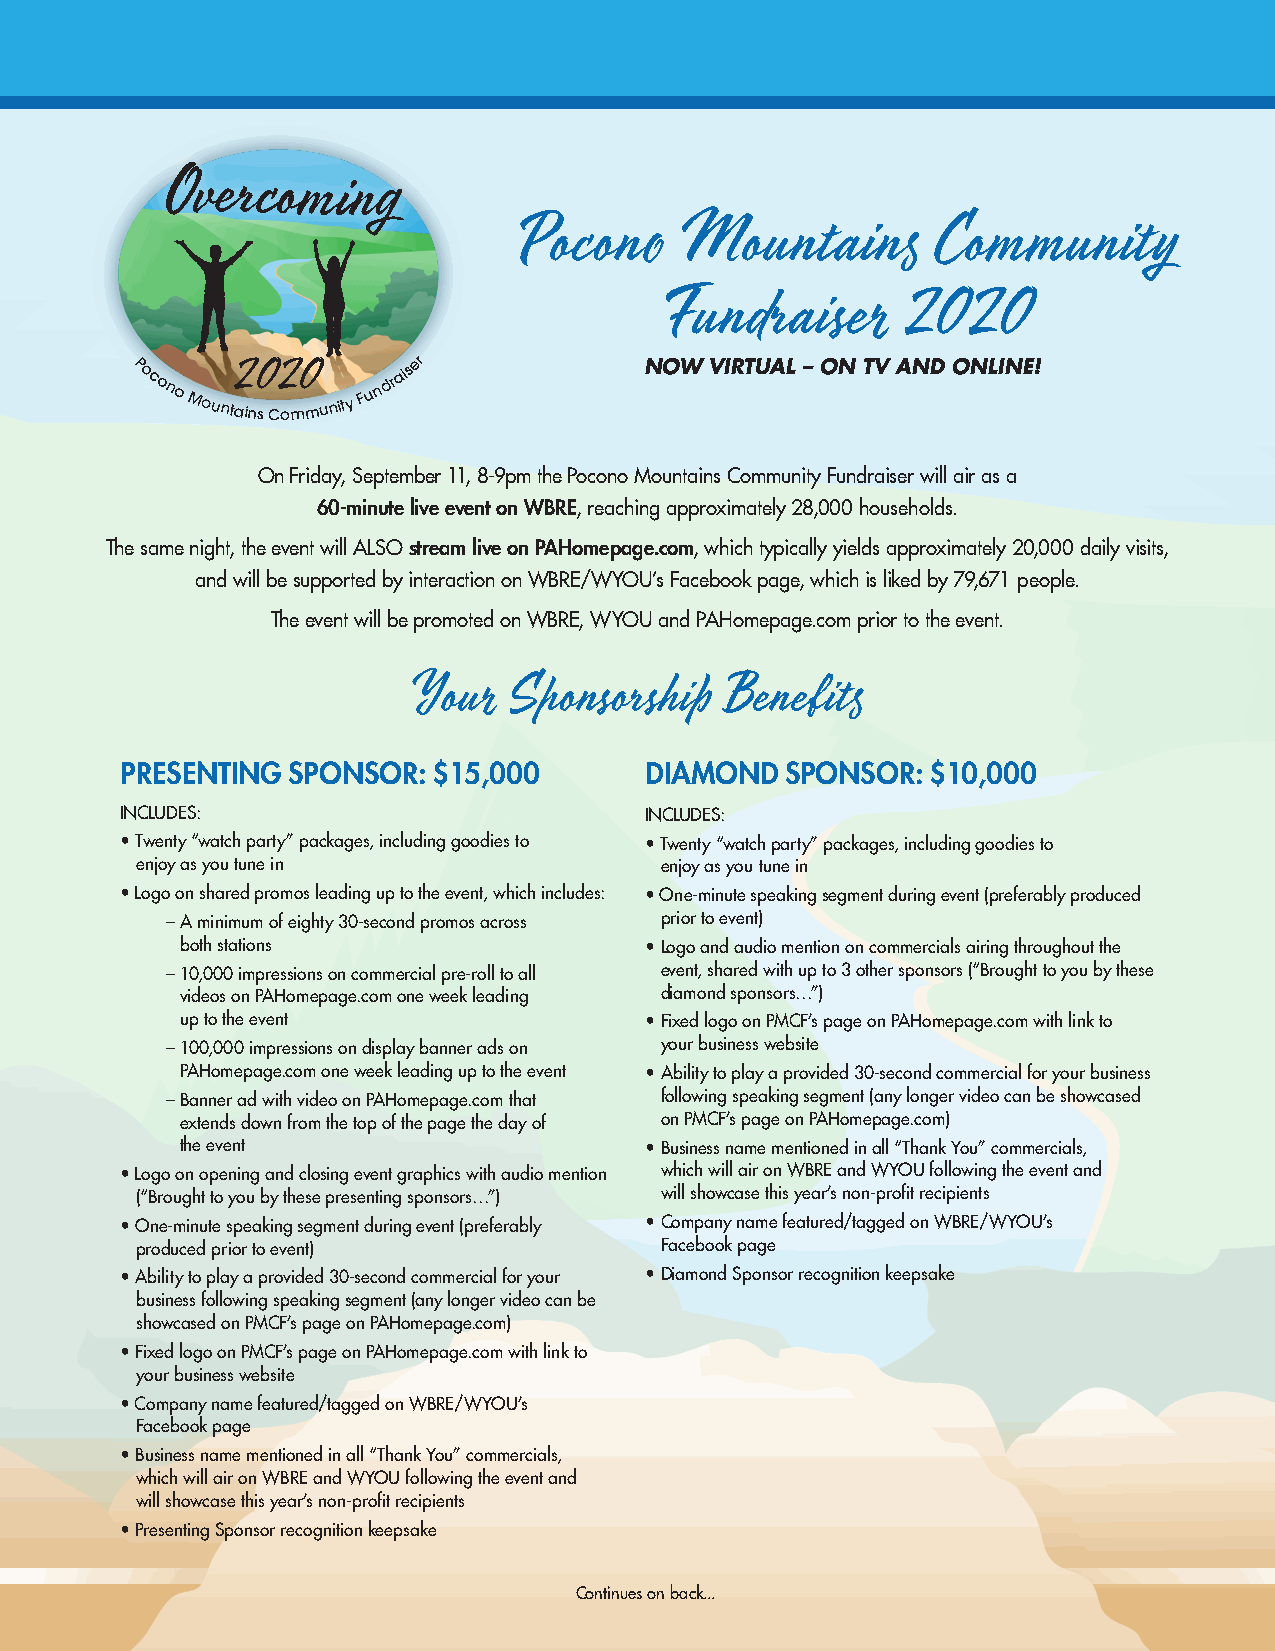
Pocono     Mountains       Community
 Fundraiser       2020
 P
 ocono
 Mount2 ain0
 s
 C2 om0
 munity
 Fu n
 draiser          NOW VIRTUAL – ON TV AND ONLINE!
 On Friday, September 11, 8-9pm the Pocono Mountains Community Fundraiser will air as a
 60-minute live event on WBRE, reaching approximately 28,000 households.
 The same night, the event will ALSO stream live on PAHomepage.com, which typically yields approximately 20,000 daily visits,
 and will be supported by interaction on WBRE/WYOU’s Facebook page, which is liked by 79,671 people.
 The event will be promoted on WBRE, WYOU and PAHomepage.com prior to the event.
 Your   Sponsorship   Benefits
 PRESENTING SPONSOR:  $15,000       DIAMOND  SPONSOR:  $10,000
 INCLUDES:                          INCLUDES:
 • Twenty “watch party” packages, including goodies to • Twenty “watch party” packages, including goodies to
 enjoy as you tune in               enjoy as you tune in
 • Logo on shared promos leading up to the event, which includes: • One-minute speaking segment during event (preferably produced
 – A minimum of eighty 30-second promos across prior to event)
 both stations                  • Logo and audio mention on commercials airing throughout the
 – 10,000 impressions on commercial pre-roll to all event, shared with up to 3 other sponsors (“Brought to you by these
 videos on PAHomepage.com one week leading diamond sponsors…”)
 up to the event                • Fixed logo on PMCF’s page on PAHomepage.com with link to
 – 100,000 impressions on display banner ads on your business website
 PAHomepage.com one week leading up to the event • Ability to play a provided 30-second commercial for your business
 – Banner ad with video on PAHomepage.com that following speaking segment (any longer video can be showcased
 extends down from the top of the page the day of on PMCF’s page on PAHomepage.com)
 the event                      • Business name mentioned in all “Thank You” commercials,
 • Logo on opening and closing event graphics with audio mention which will air on WBRE and WYOU following the event and
 (“Brought to you by these presenting sponsors…”) will showcase this year’s non-profit recipients
 • One-minute speaking segment during event (preferably • Company name featured/tagged on WBRE/WYOU’s
 produced prior to event)           Facebook page
 • Ability to play a provided 30-second commercial for your • Diamond Sponsor recognition keepsake
 business following speaking segment (any longer video can be
 showcased on PMCF’s page on PAHomepage.com)
 • Fixed logo on PMCF’s page on PAHomepage.com with link to
 your business website
 • Company name featured/tagged on WBRE/WYOU’s
 Facebook page
 • Business name mentioned in all “Thank You” commercials,
 which will air on WBRE and WYOU following the event and
 will showcase this year’s non-profit recipients
 • Presenting Sponsor recognition keepsake
 Continues on back...